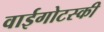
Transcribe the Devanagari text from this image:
वाईगोटस्की